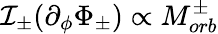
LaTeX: \mathcal{I}_{\pm}(\partial_{\phi}\Phi_{\pm})\propto M_{orb}^{\pm}